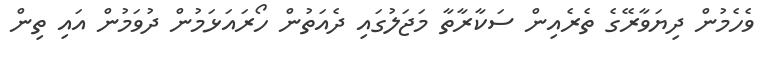
ވެހެމުން ދިޔަވާރޭގެ ތެރެއިން ސަކާރާތާ މަޖަލުގައި ދެއަތުން ހޯރައަޅަމުން ދުވަމުން އައި ތިން